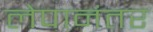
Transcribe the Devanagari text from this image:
लेपानंतर